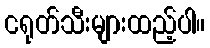
ငရုတ်သီးများထည့်ပါ။